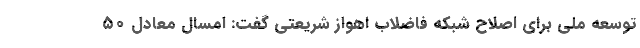
توسعه ملی برای اصلاح شبکه فاضلاب اهواز شریعتی گفت: امسال معادل ۵٠